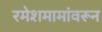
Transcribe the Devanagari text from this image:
रमेशमामांवरून